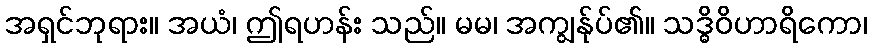
အရှင်ဘုရား။ အယံ၊ ဤရဟန်း သည်။ မမ၊ အကျွန်ုပ်၏။ သဒ္ဓိဝိဟာရိကော၊